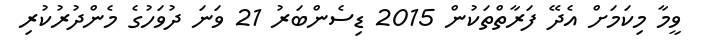
ވީމާ މިކަމަށް އެދޭ ފަރާތްތަކުން 2015 ޑިސެންބަރު 21 ވަނަ ދުވަހުގެ މެންދުރުކުރި